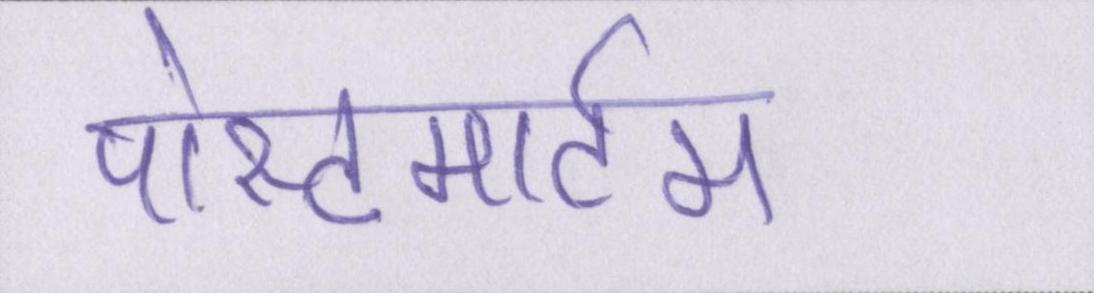
पोस्टमार्टम